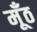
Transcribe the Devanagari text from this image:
मूँठ